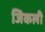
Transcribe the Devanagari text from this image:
जिकली